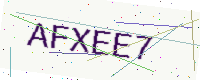
Text: AFXEE7